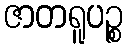
ဇာတရူပဉ္စ